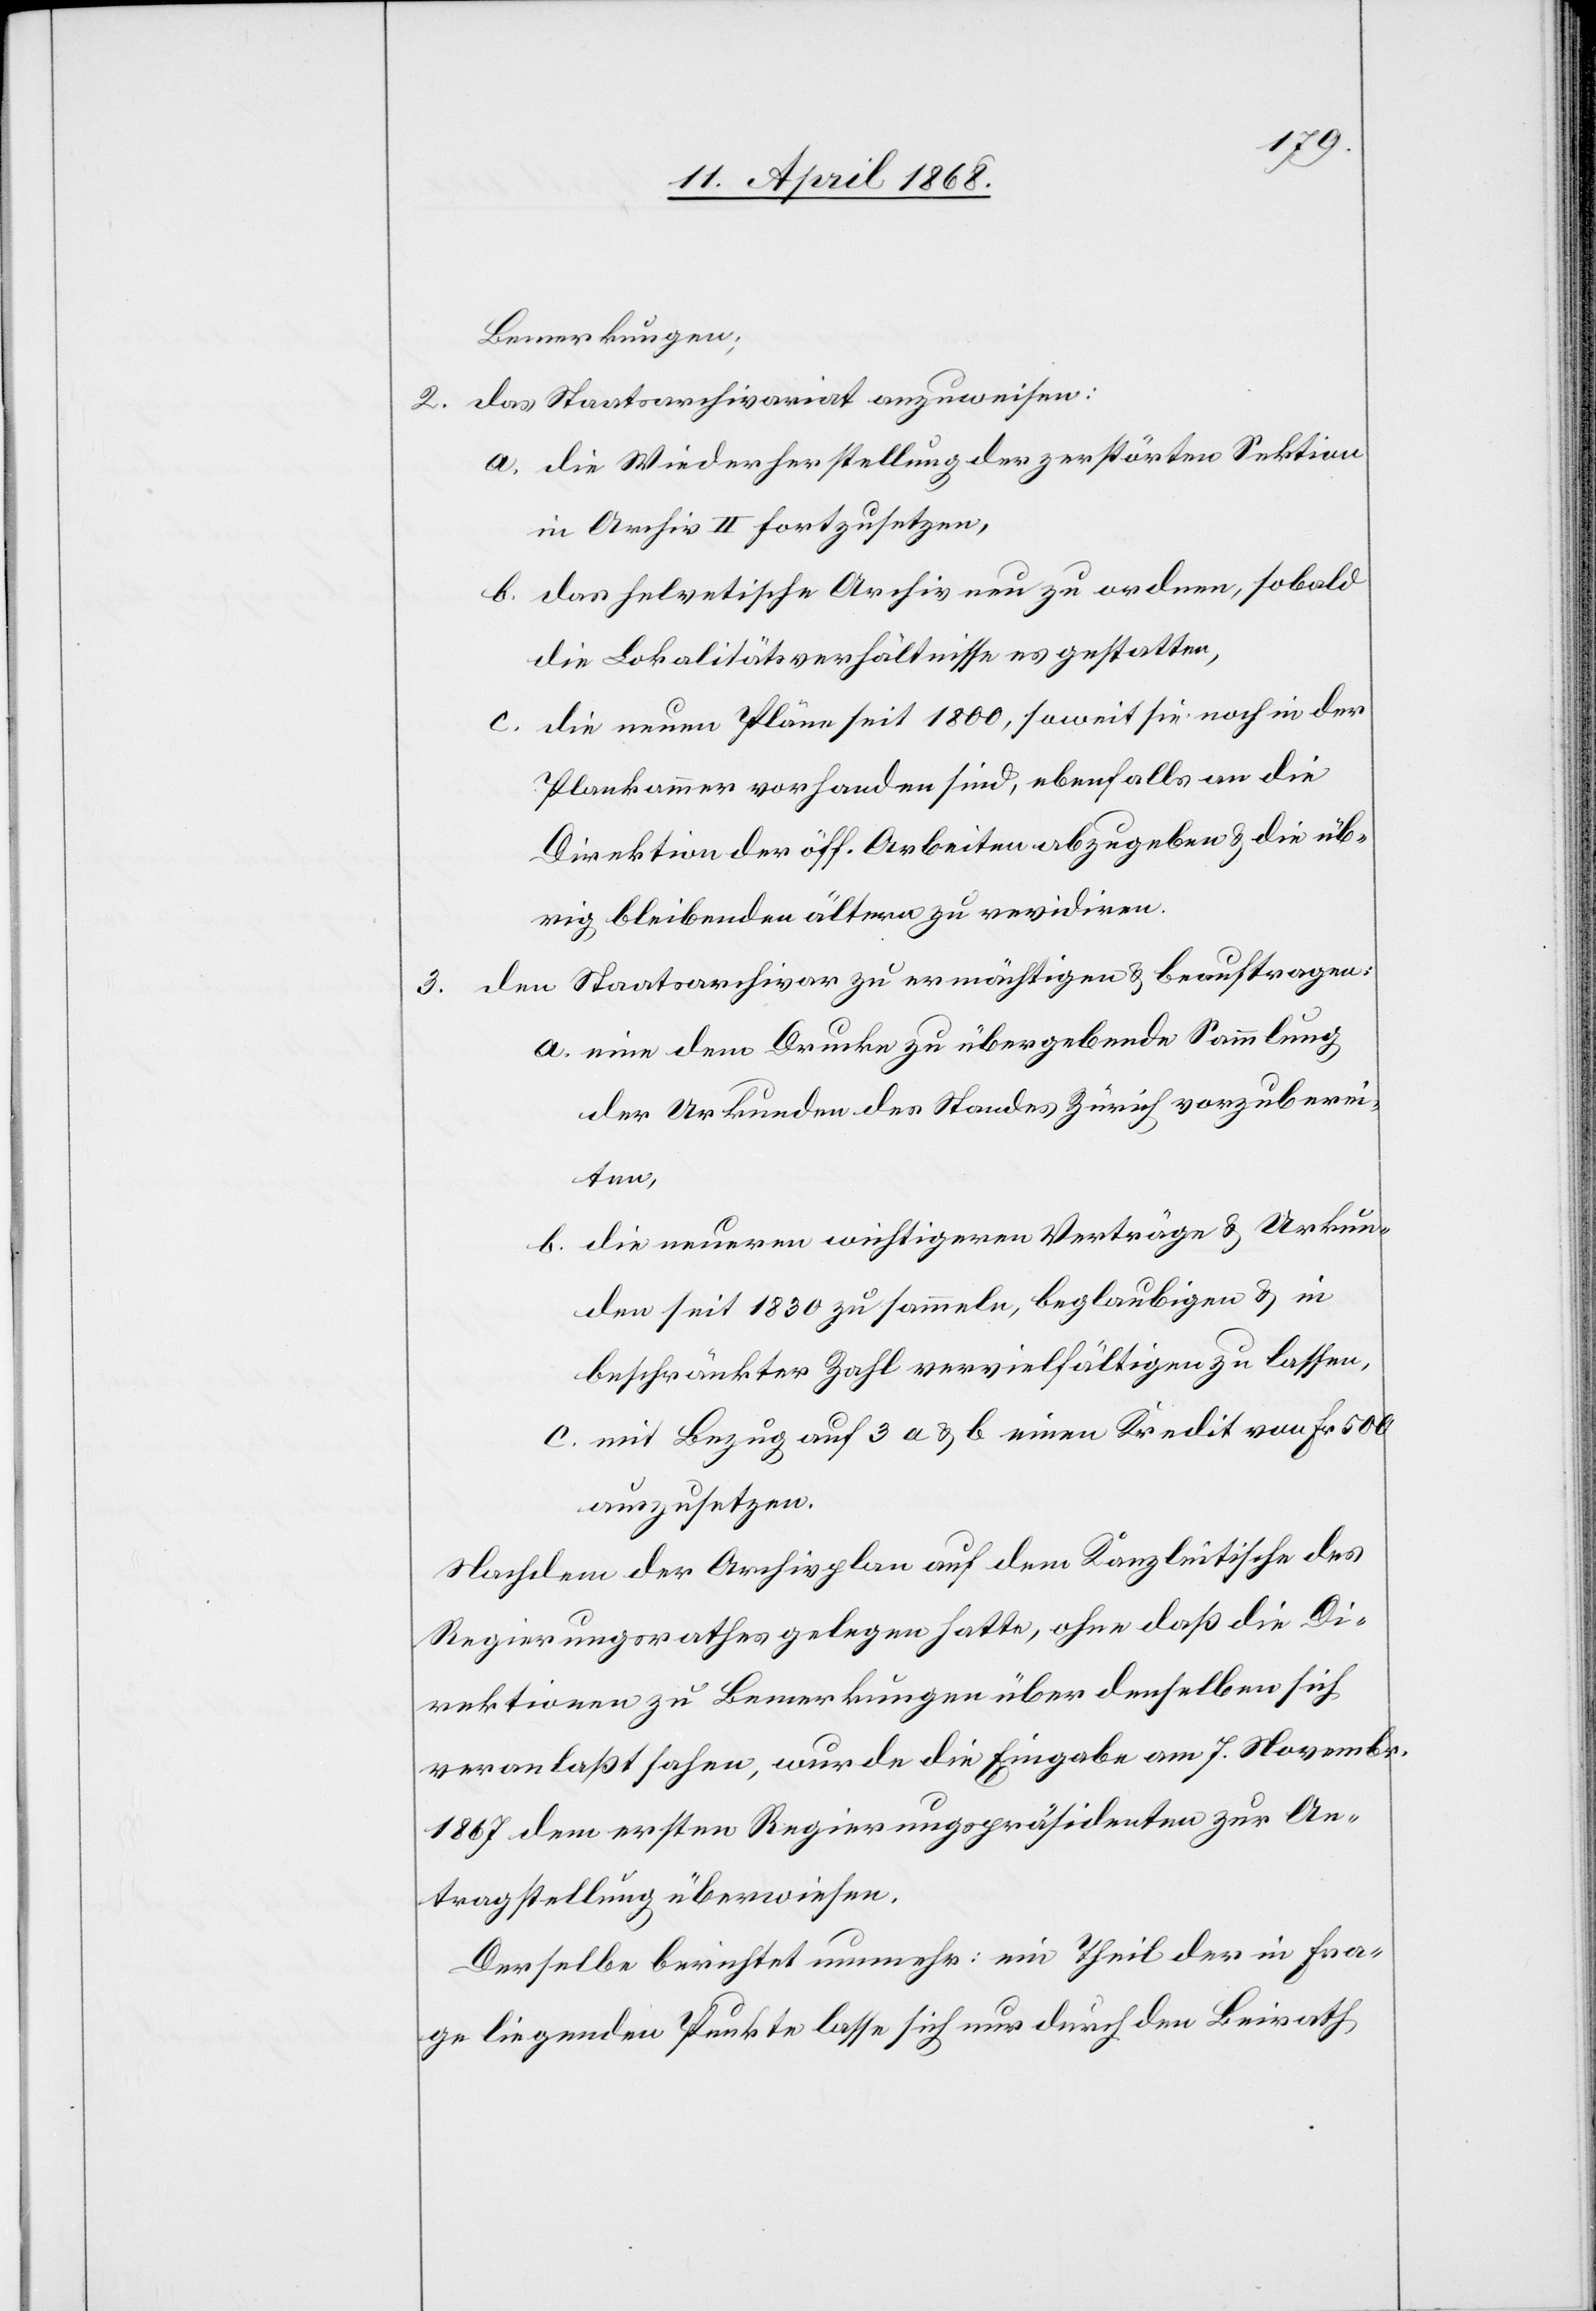
3.

Bemerkungen;
das Staatsarchivariat anzuweisen:
die Wiederherstellung der zerstörten Sektion
in Archiv II fortzusetzen,
das helvetische Archiv neu zu ordnen, sobald
die Lokalitätsverhältnisse es gestatten,
die neuen Pläne seit 1800, soweit sie noch in der
2.
Plankammer vorhanden sind, ebenfalls an die
Direktion der öff. Arbeiten abzugeben & die üb¬
rig bleibenden ältern zu revidiren.
den Staatsarchivar zu ermächtigen & beauftragen:
eine dem Drucke zu übergebende Sammlung
der Urkunden des Standes Zürich vorzuberei¬
ten,
b.
die neueren wichtigeren Verträge & Urkun¬
den seit 1830 zu sammeln, beglaubigen & in
beschränkter Zahl vervielfältigen zu lassen,
mit Bezug auf 3 a & b einen Kredit von Fr 500
auszusetzen.
Nachdem der Archivplan auf dem Kanzleitische des
Regierungsrathes gelegen hatte, ohne daß die Di¬
rektionen zu Bemerkungen über denselben sich
veranlaßt sahen, wurde die Eingabe am 7. Novembr.
1867 dem ersten Regierungspräsidenten zur An¬
tragstellung überwiesen.
Derselbe berichtet nunmehr: ein Theil der in Fra¬
ge liegenden Punkte lasse sich nur durch den Beirath